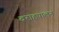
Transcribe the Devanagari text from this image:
वराहपालन